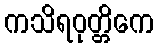
ကသိရဝုတ္တိကေ